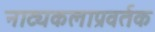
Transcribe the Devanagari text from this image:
नाट्यकलाप्रवर्तक